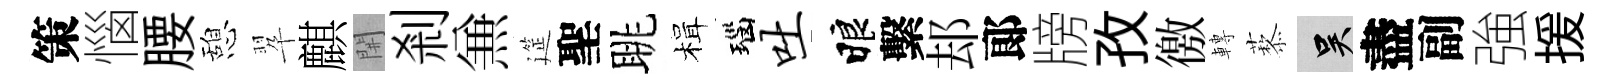
策惱腰憩翆麒𨳩剎𠔥筵聖眺楫瑙吐睱繫𨚫郞牓孜徼轉藜吴盡副強援